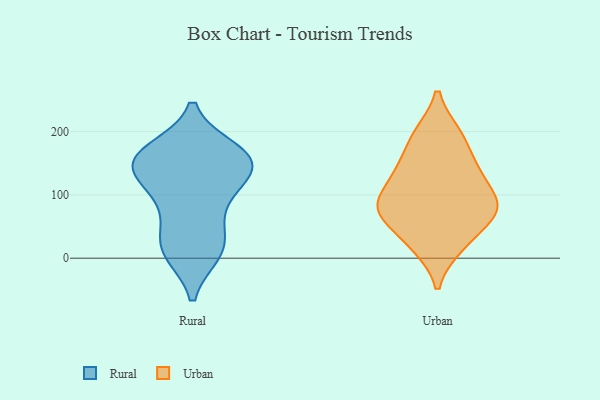
{"axis": {"x": "Customer Acquisition Cost (USD)", "y": "Value"}, "legend": ["Rural", "Urban"], "data": [{"x": "", "y": 12, "type": "Rural"}, {"x": "", "y": 169, "type": "Rural"}, {"x": "", "y": 80, "type": "Rural"}, {"x": "", "y": 17, "type": "Rural"}, {"x": "", "y": 151, "type": "Rural"}, {"x": "", "y": 151, "type": "Rural"}, {"x": "", "y": 105, "type": "Rural"}, {"x": "", "y": 158, "type": "Rural"}, {"x": "", "y": 155, "type": "Rural"}, {"x": "", "y": 36, "type": "Rural"}, {"x": "", "y": 111, "type": "Rural"}, {"x": "", "y": 147, "type": "Rural"}, {"x": "", "y": 10, "type": "Rural"}, {"x": "", "y": 157, "type": "Rural"}, {"x": "", "y": 142, "type": "Urban"}, {"x": "", "y": 148, "type": "Urban"}, {"x": "", "y": 195, "type": "Urban"}, {"x": "", "y": 66, "type": "Urban"}, {"x": "", "y": 196, "type": "Urban"}, {"x": "", "y": 74, "type": "Urban"}, {"x": "", "y": 23, "type": "Urban"}, {"x": "", "y": 75, "type": "Urban"}, {"x": "", "y": 87, "type": "Urban"}, {"x": "", "y": 102, "type": "Urban"}, {"x": "", "y": 19, "type": "Urban"}, {"x": "", "y": 129, "type": "Urban"}, {"x": "", "y": 76, "type": "Urban"}]}